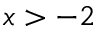
x > - 2